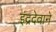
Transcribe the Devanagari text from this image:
इंद्रदेवाने